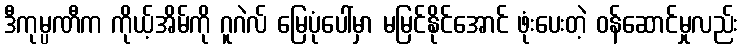
ဒီကုမ္ပဏီက ကိုယ့်အိမ်ကို ဂူဂဲလ် မြေပုံပေါ်မှာ မမြင်နိုင်အောင် ဖုံးပေးတဲ့ ဝန်ဆောင်မှုလည်း